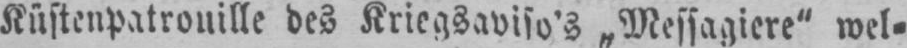
Küstenpatrouille des Kriegsaviso’s „Messagiere“ wel⸗